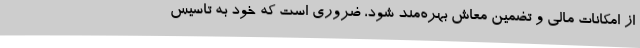
از امکانات مالی و تضمین معاش بهره‌مند شود، ضروری است که خود به تاسیس